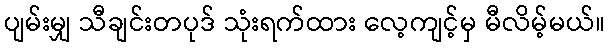
ပျမ်းမျှ သီချင်းတပုဒ် သုံးရက်ထား လေ့ကျင့်မှ မီလိမ့်မယ်။